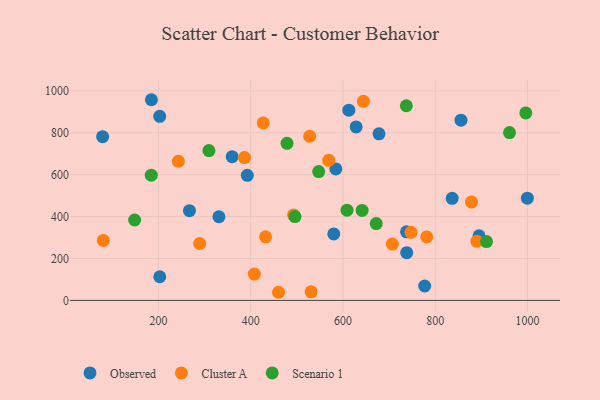
{"axis": {"x": "Investment", "y": "Fuel Efficiency"}, "legend": ["Cluster A", "Observed", "Scenario 1"], "data": [{"x": "184.9", "y": 957.9, "type": "Observed"}, {"x": "628.5", "y": 828.3, "type": "Observed"}, {"x": "737.9", "y": 327.4, "type": "Observed"}, {"x": "777.1", "y": 68.8, "type": "Observed"}, {"x": "331.2", "y": 399.4, "type": "Observed"}, {"x": "202.8", "y": 878.6, "type": "Observed"}, {"x": "855.8", "y": 860.5, "type": "Observed"}, {"x": "580.1", "y": 317.3, "type": "Observed"}, {"x": "584.5", "y": 627.7, "type": "Observed"}, {"x": "203.0", "y": 112.9, "type": "Observed"}, {"x": "678.1", "y": 795.2, "type": "Observed"}, {"x": "79.1", "y": 781.5, "type": "Observed"}, {"x": "999.7", "y": 487.9, "type": "Observed"}, {"x": "895.0", "y": 308.2, "type": "Observed"}, {"x": "612.7", "y": 907.8, "type": "Observed"}, {"x": "359.8", "y": 686.0, "type": "Observed"}, {"x": "836.7", "y": 487.4, "type": "Observed"}, {"x": "267.3", "y": 428.1, "type": "Observed"}, {"x": "392.6", "y": 597.0, "type": "Observed"}, {"x": "738.2", "y": 228.0, "type": "Observed"}, {"x": "878.5", "y": 469.2, "type": "Cluster A"}, {"x": "427.2", "y": 847.2, "type": "Cluster A"}, {"x": "747.5", "y": 325.1, "type": "Cluster A"}, {"x": "530.9", "y": 41.1, "type": "Cluster A"}, {"x": "707.1", "y": 269.1, "type": "Cluster A"}, {"x": "492.9", "y": 408.1, "type": "Cluster A"}, {"x": "569.2", "y": 668.8, "type": "Cluster A"}, {"x": "460.3", "y": 38.8, "type": "Cluster A"}, {"x": "527.8", "y": 783.6, "type": "Cluster A"}, {"x": "80.6", "y": 286.3, "type": "Cluster A"}, {"x": "289.5", "y": 271.7, "type": "Cluster A"}, {"x": "644.3", "y": 950.5, "type": "Cluster A"}, {"x": "386.6", "y": 682.0, "type": "Cluster A"}, {"x": "432.3", "y": 303.6, "type": "Cluster A"}, {"x": "890.2", "y": 281.8, "type": "Cluster A"}, {"x": "243.2", "y": 664.1, "type": "Cluster A"}, {"x": "407.9", "y": 125.6, "type": "Cluster A"}, {"x": "781.6", "y": 303.2, "type": "Cluster A"}, {"x": "496.0", "y": 400.2, "type": "Scenario 1"}, {"x": "184.5", "y": 597.9, "type": "Scenario 1"}, {"x": "608.8", "y": 430.5, "type": "Scenario 1"}, {"x": "672.1", "y": 366.9, "type": "Scenario 1"}, {"x": "309.5", "y": 715.4, "type": "Scenario 1"}, {"x": "737.4", "y": 929.2, "type": "Scenario 1"}, {"x": "961.0", "y": 800.9, "type": "Scenario 1"}, {"x": "996.3", "y": 895.1, "type": "Scenario 1"}, {"x": "641.5", "y": 429.6, "type": "Scenario 1"}, {"x": "478.8", "y": 749.7, "type": "Scenario 1"}, {"x": "911.1", "y": 280.9, "type": "Scenario 1"}, {"x": "148.5", "y": 383.8, "type": "Scenario 1"}, {"x": "547.4", "y": 615.0, "type": "Scenario 1"}]}